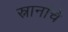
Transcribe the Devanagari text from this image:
स्नानांचे